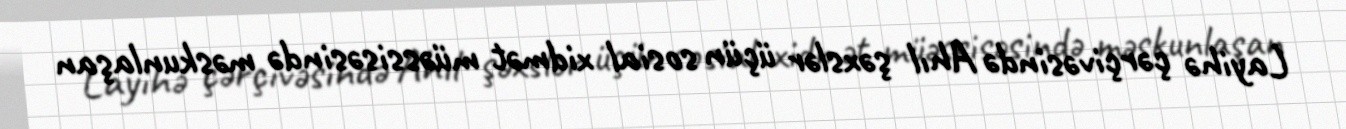
Layihə çərçivəsində Ahıl şəxslər üçün sosial xidmət müəssisəsində məskunlaşan